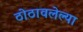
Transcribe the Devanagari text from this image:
ठोठावलेल्या